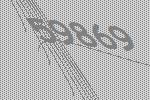
59869